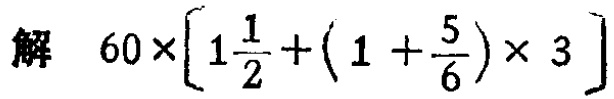
解 \(60\times\left[1\frac{1}{2}+\left(1 + \frac{5}{6}\right)\times 3\right]\)